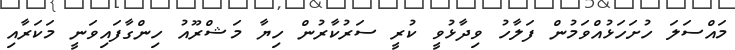
މައްސަލަ ހުށަހަޅުއްވަމުން ފަލާހު ވިދާޅުވީ ކުރީ ސަރުކާރުން ހިޔާ މަޝްރޫއު ހިންގާފައިވަނީ މަކަރާއި